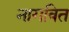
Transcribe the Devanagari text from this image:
नागवित